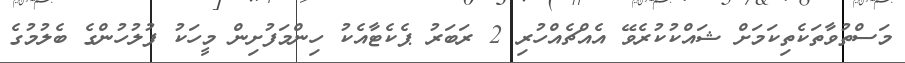
މަސްތުވާތަކެތިކަމަށް ޝައްކުކުރެވޭ އެއްޗެއްހުރި 2 ރަބަރު ޕެކެޓާއެކު ހިންމަފުށިން މީހަކު ފުލުހުންގެ ބެލުމުގެ